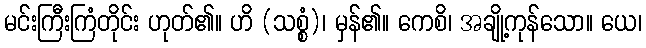
မင်းကြီးကြံတိုင်း ဟုတ်၏။ ဟိ (သစ္စံ)၊ မှန်၏။ ကေစိ၊ အချို့ကုန်သော။ ယေ၊